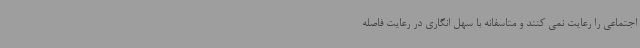
اجتماعی را رعایت نمی کنند و متاسفانه با سهل انگاری در رعایت فاصله